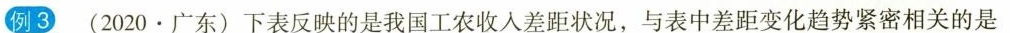
例3 (2020·广东)下表反映的是我国工农收入差距状况，与表中差距变化趋势紧密相关的是